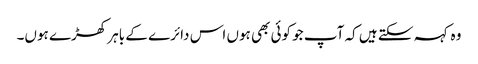
وہ کہہ سکتے ہیں کہ آپ جو کوئی بھی ہوں اس دائرے کے باہر کھڑے ہوں۔